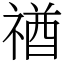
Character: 禉